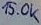
Text: 15.0K